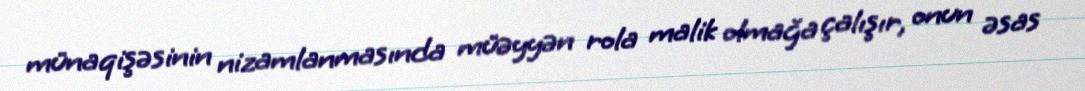
münaqişəsinin nizamlanmasında müəyyən rola malik olmağa çalışır, onun əsas